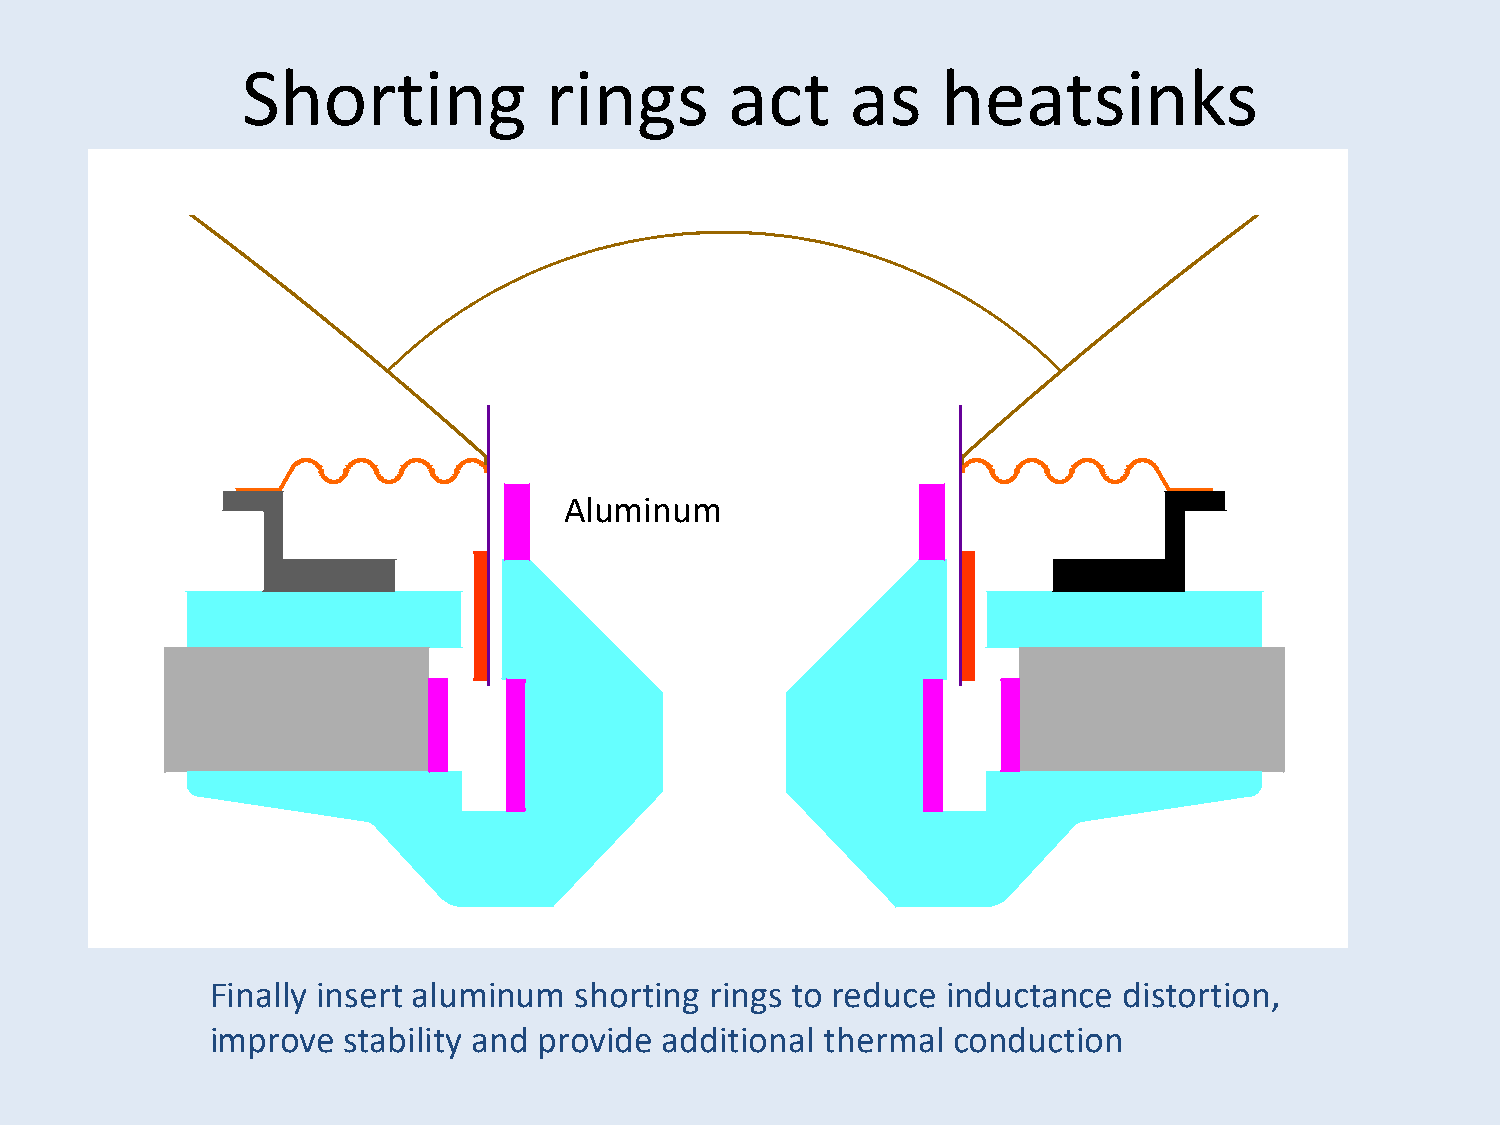
Shorting            rings       act     as    heatsinks
 Aluminum
 Finally insert aluminum shorting rings to reduce inductance distortion,
 improve  stability and provide additional thermal conduction